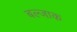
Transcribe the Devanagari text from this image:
बल्जाक